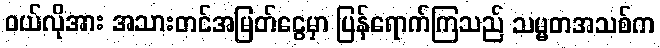
၀ယ်လိုအား အသားတင်အမြတ်ငွေမှာ ပြန်ရောက်ကြသည် သမ္မတအသစ်က